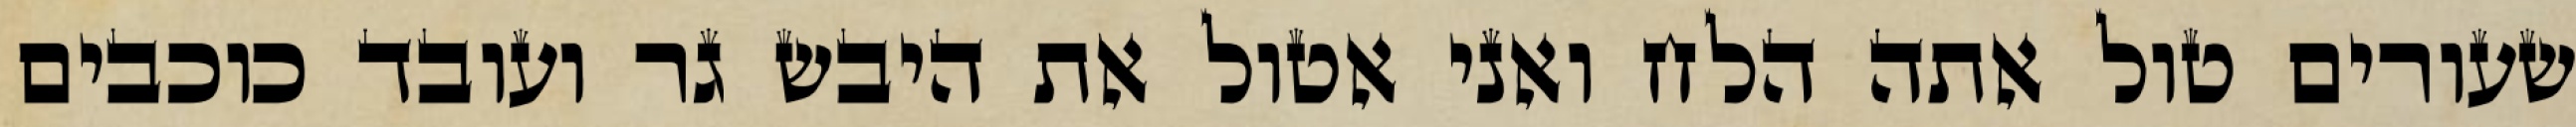
שעורים טול אתה הלח ואני אטול את היבש גר ועובד כוכבים